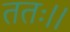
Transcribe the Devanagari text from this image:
ततः।।